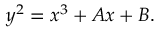
y ^ { 2 } = x ^ { 3 } + A x + B .